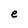
Character: e